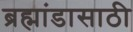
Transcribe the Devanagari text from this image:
ब्रह्मांडासाठी